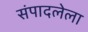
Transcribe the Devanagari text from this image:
संपादलेला